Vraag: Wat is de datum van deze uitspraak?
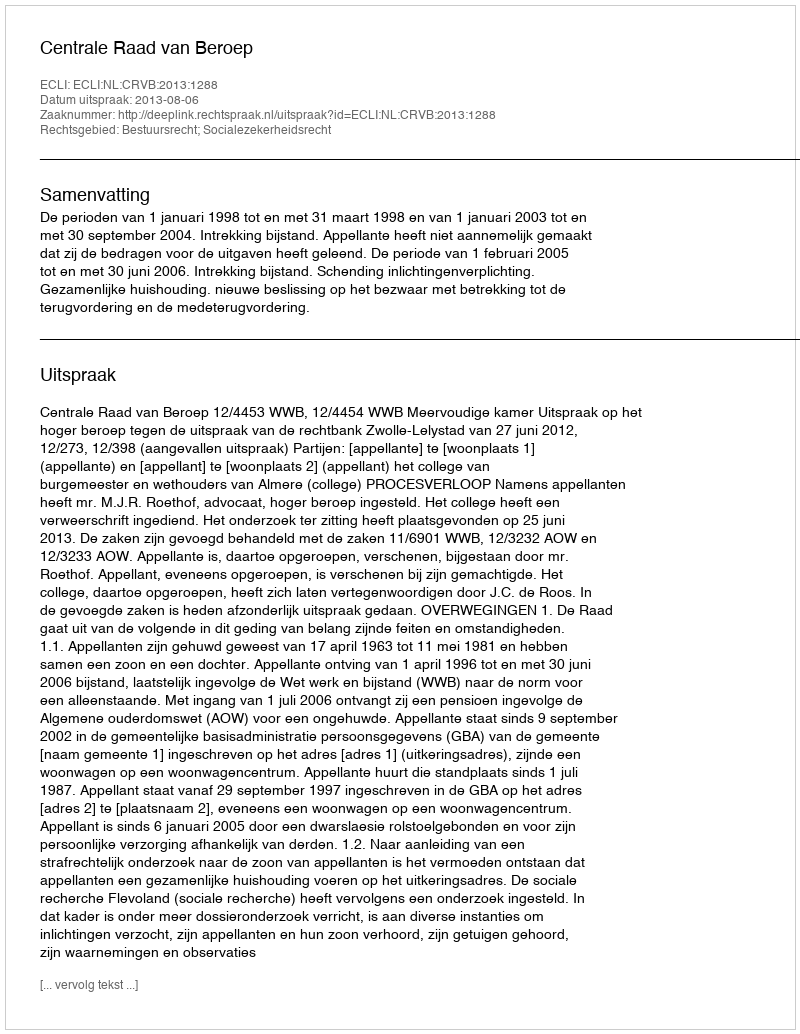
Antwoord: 2013-08-06